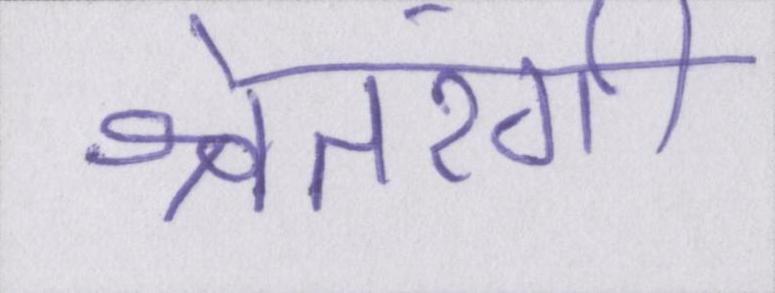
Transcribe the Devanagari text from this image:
श्वेतरंगी